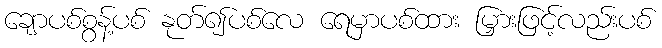
ချောပစ်စွန့်ပစ် နုတ်၍ပစ်လေ ရေမှာပစ်ထား မြှားဖြင့်လည်းပစ်